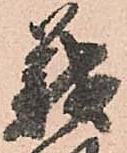
義